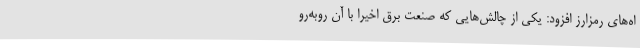
اه‌های رمزارز افزود: یکی از چالش‌هایی که صنعت برق اخیرا با آن روبه‌رو